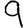
Digit: 9